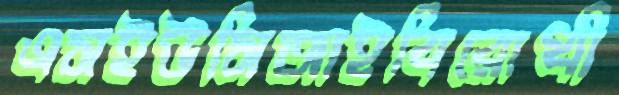
এসইউসিআইবিরোধী